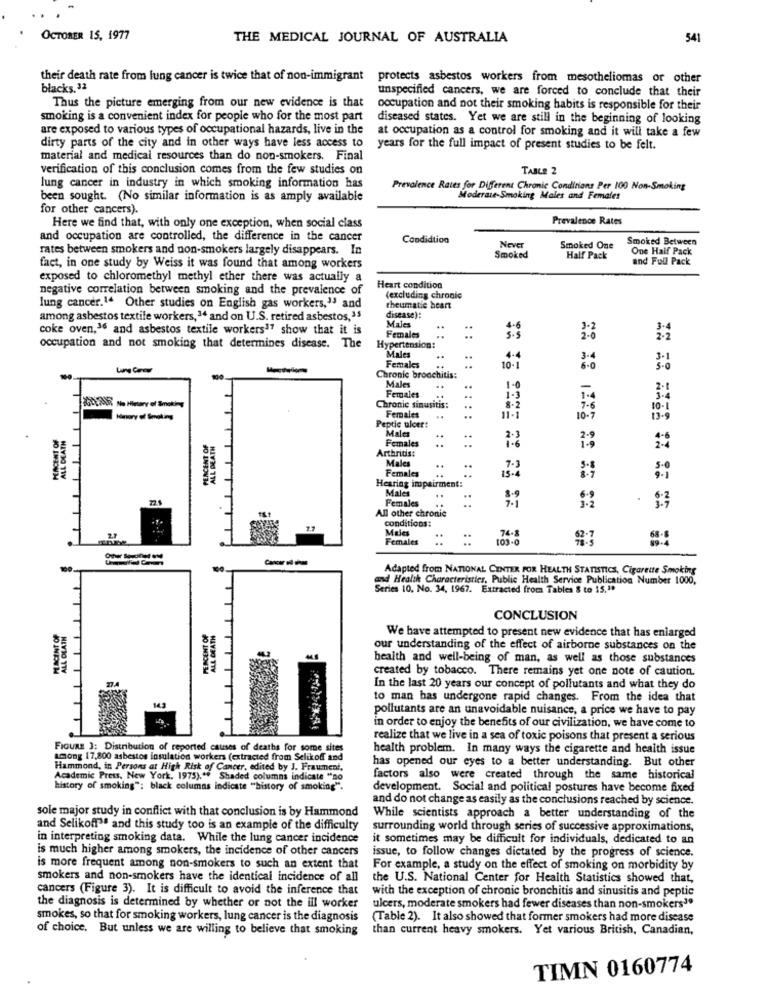
OCTOBER 15, 1977
THE MEDICAL JOURNAL OF AUSTRALIA
541
their death rate from lung cancer is twice that of non-immigrant
protects asbestos workers from mesotheliomas or other
blacks. 32
unspecified cancers, we are forced to conclude that their
Thus the picture emerging from our new evidence is that
occupation and not their smoking habits is responsible for their
smoking is a convenient index for people who for the most part
diseased states. Yet we are still in the beginning of looking
are exposed to various types of occupational hazards, live in the
at occupation as a control for smoking and it will take a few
dirty parts of the city and in other ways have less access to
years for the full impact of present studies to be felt.
material and medical resources than do non-smokers. Final
verification of this conclusion comes from the few studies on
TABLE 2
lung cancer in industry in which smoking information has
Prevalence Rates for Different Chronic Conditions Per 100 Non-Smoking
been sought. (No similar information is as amply available
Moderate-Smoking Males and Females
for other cancers).
Prevalence Rates
Here we find that, with only one exception, when social class
and occupation are controlled, the difference in the cancer
Condidtion
Smoked Between
rates between smokers and non-smokers largely disappears. In
Never
Smoked One
One Haif Pack
Smoked
Half Pack
and Full Pack
fact, in one study by Weiss it was found that among workers
exposed to chloromethyl methyl ether there was actually a
negative correlation between smoking and the prevalence of
Heart condition
(excluding chronic
lung cancer.14 Other studies on English gas workers," and
theumatie heart
among asbestos textile workers,1 and on U.S. retired asbestos,35
disease):
Males
coke oven,36 and asbestos textile workers' show that it is
**
4-6
3-2
Females
5. 5
occupation and not smoking that determines disease. The
Hypertension:
Males
4.4
3.4
Females
10- 1
6.0
Chronic bronchitis:
Males
..
1-0
Females
Chronic sinusitis:
Females
8.2
7.6
10 .1
Peptic ulcer:
..
11-1
10-7
13-9
MENCENT OF
Males
ALL DEATH
PERCENT OF
ALL DEATH
Females
Arthritis:
Males
Females
..
7-3
15.4
Hearing impairment:
Males
22.1
Females
..
All other chronic
..
conditions:
Males
74.8
Females
103-0
68-8
--
Adapted from NATIONAL CENTER FOR HEALTH STATISTICS, Cigarette Smoking
and Health Characteristics, Public Health Service Publication Number 1000,
Series 10, No. 34, 1967. Extracted from Tables 8 to 15.10
CONCLUSION
PLACENT OF
ALL OLATH
PERCENT OF
We have attempted to present new evidence that has enlarged
our understanding of the effect of airborne substances on the
health and well-being of man, as well as those substances
created by tobacco. There remains yet one note of caution.
27.4
In the last 20 years our concept of pollutants and what they do
to man has undergone rapid changes. From the idea that
pollutants are an unavoidable nuisance, a price we have to pay
in order to enjoy the benefits of our civilization, we have come to
realize that we live in a sea of toxic poisons that present a serious
FIGURE 3: Distribution of reported causes of deaths for some sites
health problem. In many ways the cigarette and health issue
Among 17,800 asbestos insulation workers (extracted from Selikoff and
has opened our eyes to a better understanding. But other
Hammond, in Persons at High Risk of Cancer, edited by J. Fraumeni,
Academic Press, New York, 1975)."" Shaded columns indicate "no
factors also were created through the same historical
history of smoking"; black columns indicate "history of smoking".
development. Social and political postures have become fixed
and do not change as easily as the conclusions reached by science.
sole major study in conflict with that conclusion is by Hammond
While scientists approach a better understanding of the
and Selikoff" and this study too is an example of the difficulty
surrounding world through series of successive approximations,
in interpreting smoking data. While the lung cancer incidence
it sometimes may be difficult for individuals, dedicated to an
is much higher among smokers, the incidence of other cancers
issue, to follow changes dictated by the progress of science.
is more frequent among non-smokers to such an extent that
For example, a study on the effect of smoking on morbidity by
smokers and non-smokers have the identical incidence of all
the U.S. National Center for Health Statistics showed that,
cancers (Figure 3). It is difficult to avoid the inference that
with the exception of chronic bronchitis and sinusitis and peptic
the diagnosis is determined by whether or not the ill worker
ulcers, moderate smokers had fewer diseases than non-smokers3
smokes, so that for smoking workers, lung cancer is the diagnosis
(Table 2). It also showed that former smokers had more disease
of choice, But unless we are willing to believe that smoking
than current heavy smokers. Yet various British, Canadian,
TIMN 0160774